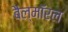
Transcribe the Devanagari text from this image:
बैल्मॉरल